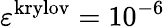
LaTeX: \varepsilon^{\mathrm{krylov}}=10^{-6}